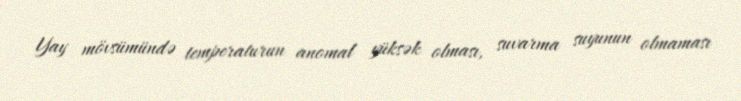
Yay mövsümündə temperaturun anomal yüksək olması, suvarma suyunun olmaması